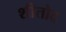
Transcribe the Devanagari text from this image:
शीतोद